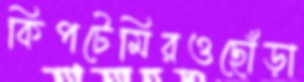
কিপটেমিরওছোঁড়া